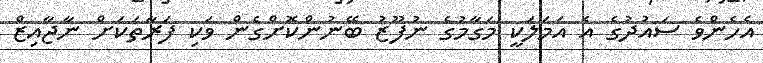
އެހެންވެ ސައުދުގެ އެ އަމަލަކީ މަގާމުގެ ނުފޫޒު ބޭނުންކޮށްގެން ވަކި ފަރާތަކަށް ނާޖާއިޒް